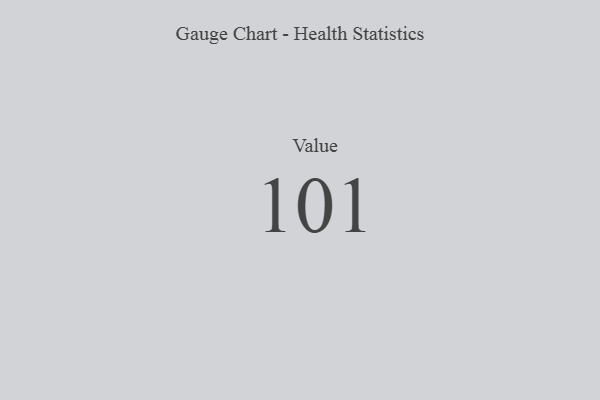
{"axis": {"x": "Metric", "y": "Value"}, "legend": [""], "data": [{"x": "Value", "y": 101, "type": ""}]}